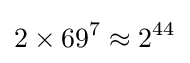
2\times 69^{7}\approx 2^{44}